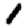
Digit: 1